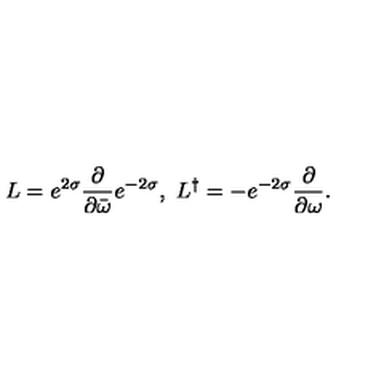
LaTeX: L = e ^ { 2 \sigma } \frac { \partial } { \partial \bar { \omega } } e ^ { - 2 \sigma } , \ L ^ { \dag } = - e ^ { - 2 \sigma } \frac { \partial } { \partial \omega } .